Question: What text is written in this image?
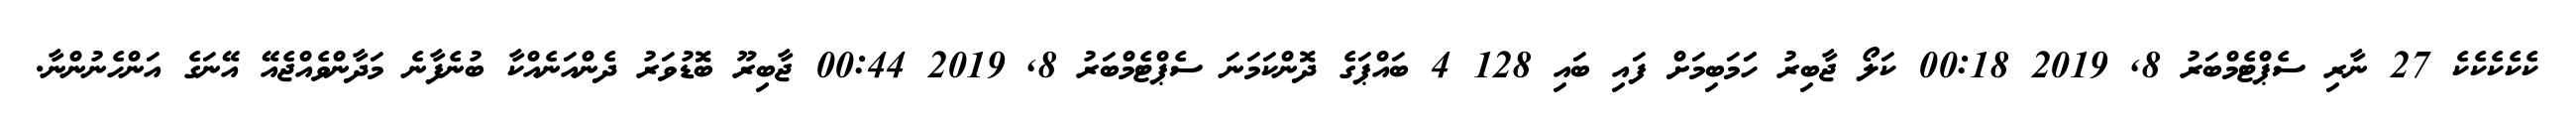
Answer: ކެކެކެކެކެ 27 ނާރި ސެޕްޓެމްބަރު 8, 2019 00:18 ކަލޯ ޖާބިރު ހަަމަބިމަށް ފައި ބައި 128 4 ބައްޕަގެ ދޮންކަމަނަ ސެޕްޓެމްބަރު 8, 2019 00:44 ޖާބިރޫ ބޮޑުވަރު ދެންއަނެއްކާ ބުނެފާނެ މަދާންވެއްޖެއޭ އޭނަގެ އަންހެނުންނާ.